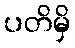
ပတိမှိ